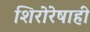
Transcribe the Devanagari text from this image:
शिरोरेषाही